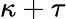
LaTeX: \kappa+\tau